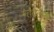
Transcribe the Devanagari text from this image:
म्हटलेय